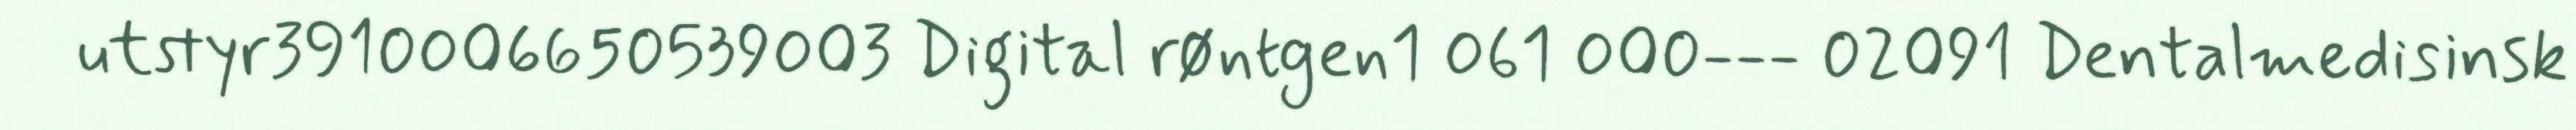
utstyr3910006650539003 Digital røntgen1 061 000--- 02091 Dentalmedisinsk